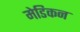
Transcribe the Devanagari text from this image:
मेडिकन